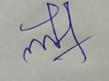
Signature authenticity: forged